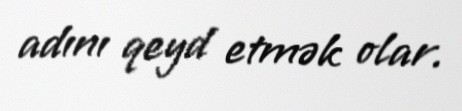
adını qeyd etmək olar.